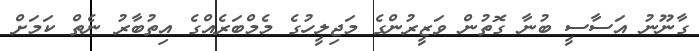
ގާނޫނު އަސާސީ ބުނާ ގޮތުން ވަޒީރުންގެ މަޖިލީހުގެ މެމްބަރެއްގެ އިތުބާރު ނެތް ކަމަށް